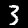
Digit: 3